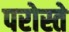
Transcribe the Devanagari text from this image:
परोस्ते